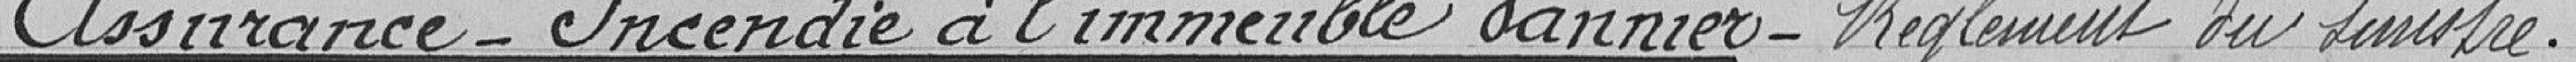
Assurance-Incendie à l'immeuble Vannier-Règlement du sinistre .